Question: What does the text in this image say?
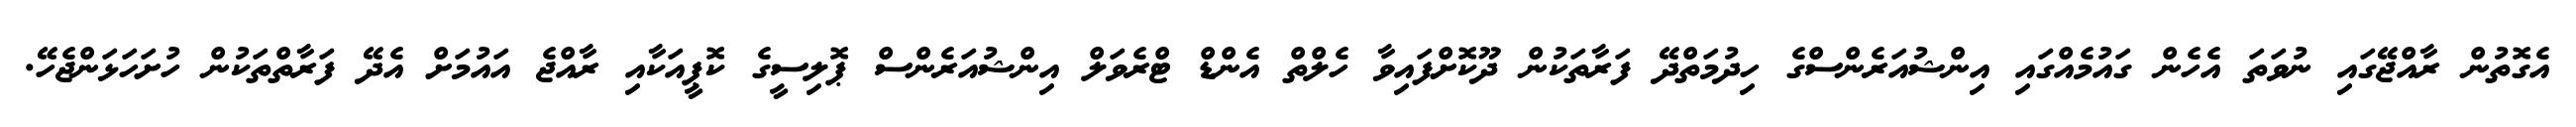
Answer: އެގޮތުން ރާއްޖޭގައި ނުވަތަ އެހެން ގައުމެއްގައި އިންޝުއަރެންސްގެ ހިދުމަތްދޭ ފަރާތަކުން ދޫކޮށްފައިވާ ހެލްތް އެންޑް ޓްރެވަލް އިންޝުއަރެންސް ޕޮލިސީގެ ކޮޕީއަކާއި ރާއްޖެ އައުމަށް އެދޭ ފަރާތްތަކުން ހުށަހަޅަންޖެހޭ.